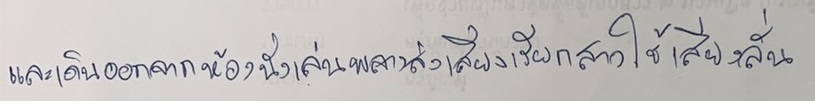
และเดินออกจากห้องนั่งเล่นพลางส่งเสียงเรียกสาวใช้เสียงลั่น